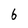
Character: 6